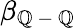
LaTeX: \beta_{\mathbb{Q}\mathrm{{~-~}}\mathbb{Q}}